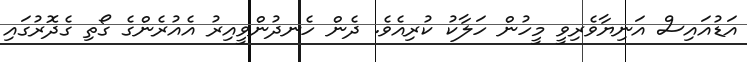
އަޑުއައިސް އަނިޔާވެރިވީ މީހުން ހަލާކު ކުރިއެވެ. ދެން ހެނދުންވީއިރު އެއުރެންގެ ގޯތި ގެދޮރުގައި